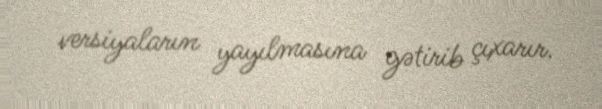
versiyaların yayılmasına gətirib çıxarır.